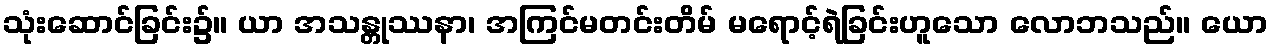
သုံးဆောင်ခြင်း၌။ ယာ အသန္တုဿနာ၊ အကြင်မတင်းတိမ် မရောင့်ရဲခြင်းဟူသော လောဘသည်။ ယော